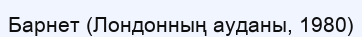
Барнет (Лондонның ауданы, 1980)